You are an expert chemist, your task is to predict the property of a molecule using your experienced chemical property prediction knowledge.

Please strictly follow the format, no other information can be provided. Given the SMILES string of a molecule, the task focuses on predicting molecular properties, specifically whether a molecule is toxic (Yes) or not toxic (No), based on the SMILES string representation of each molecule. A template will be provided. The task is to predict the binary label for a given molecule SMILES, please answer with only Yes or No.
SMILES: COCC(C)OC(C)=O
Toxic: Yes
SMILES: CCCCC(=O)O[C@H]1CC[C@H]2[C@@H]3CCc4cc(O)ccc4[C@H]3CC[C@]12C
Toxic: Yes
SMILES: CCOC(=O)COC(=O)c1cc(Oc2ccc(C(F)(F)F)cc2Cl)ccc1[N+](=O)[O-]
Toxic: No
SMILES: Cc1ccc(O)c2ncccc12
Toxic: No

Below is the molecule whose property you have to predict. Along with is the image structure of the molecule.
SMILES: COc1ccc(C(=O)/C(Br)=C\C(=O)[O-])cc1
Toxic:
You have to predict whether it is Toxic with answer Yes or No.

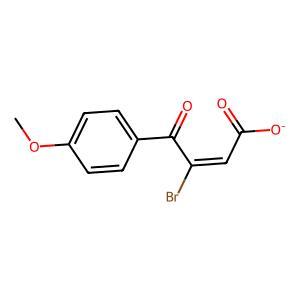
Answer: No